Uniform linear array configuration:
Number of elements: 8
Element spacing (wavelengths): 0.5
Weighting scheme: kaiser
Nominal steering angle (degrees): -15
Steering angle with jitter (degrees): -14.599
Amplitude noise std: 0.05
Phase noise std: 0.05

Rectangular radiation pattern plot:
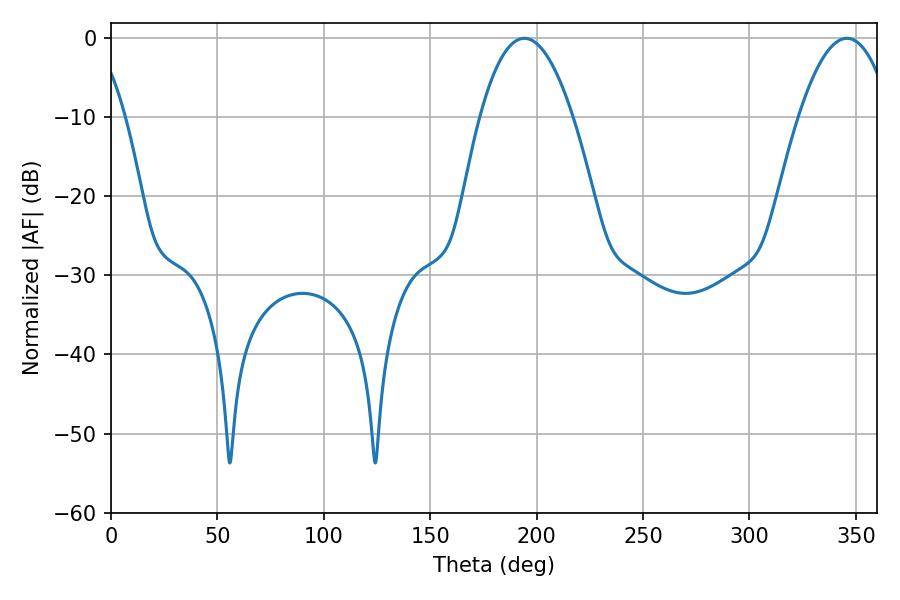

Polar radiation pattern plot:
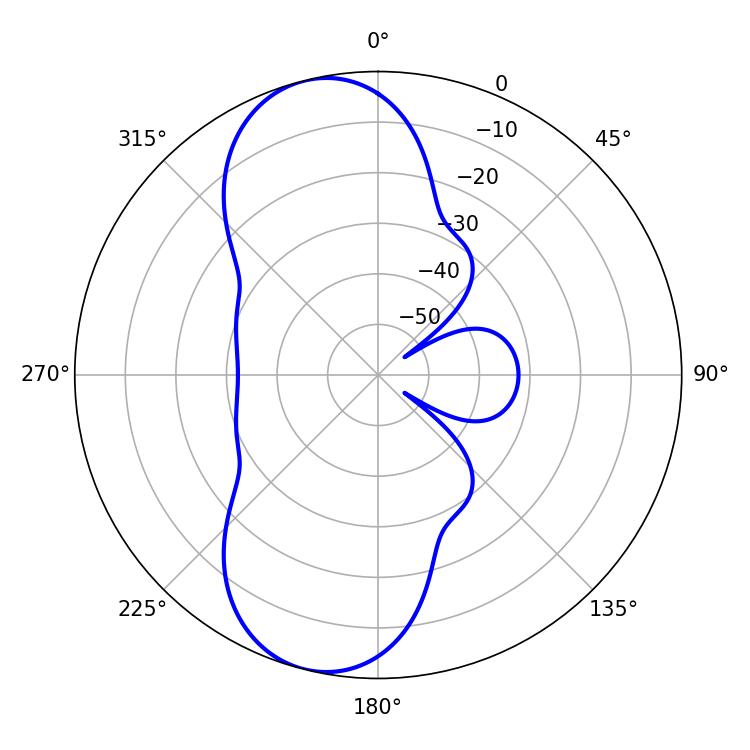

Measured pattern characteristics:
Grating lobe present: FALSE
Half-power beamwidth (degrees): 23.94
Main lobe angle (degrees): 194.22